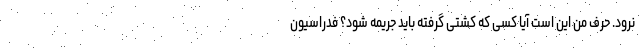
نرود. حرف من این است آیا کسی که کشتی گرفته باید جریمه شود؟ فدراسیون